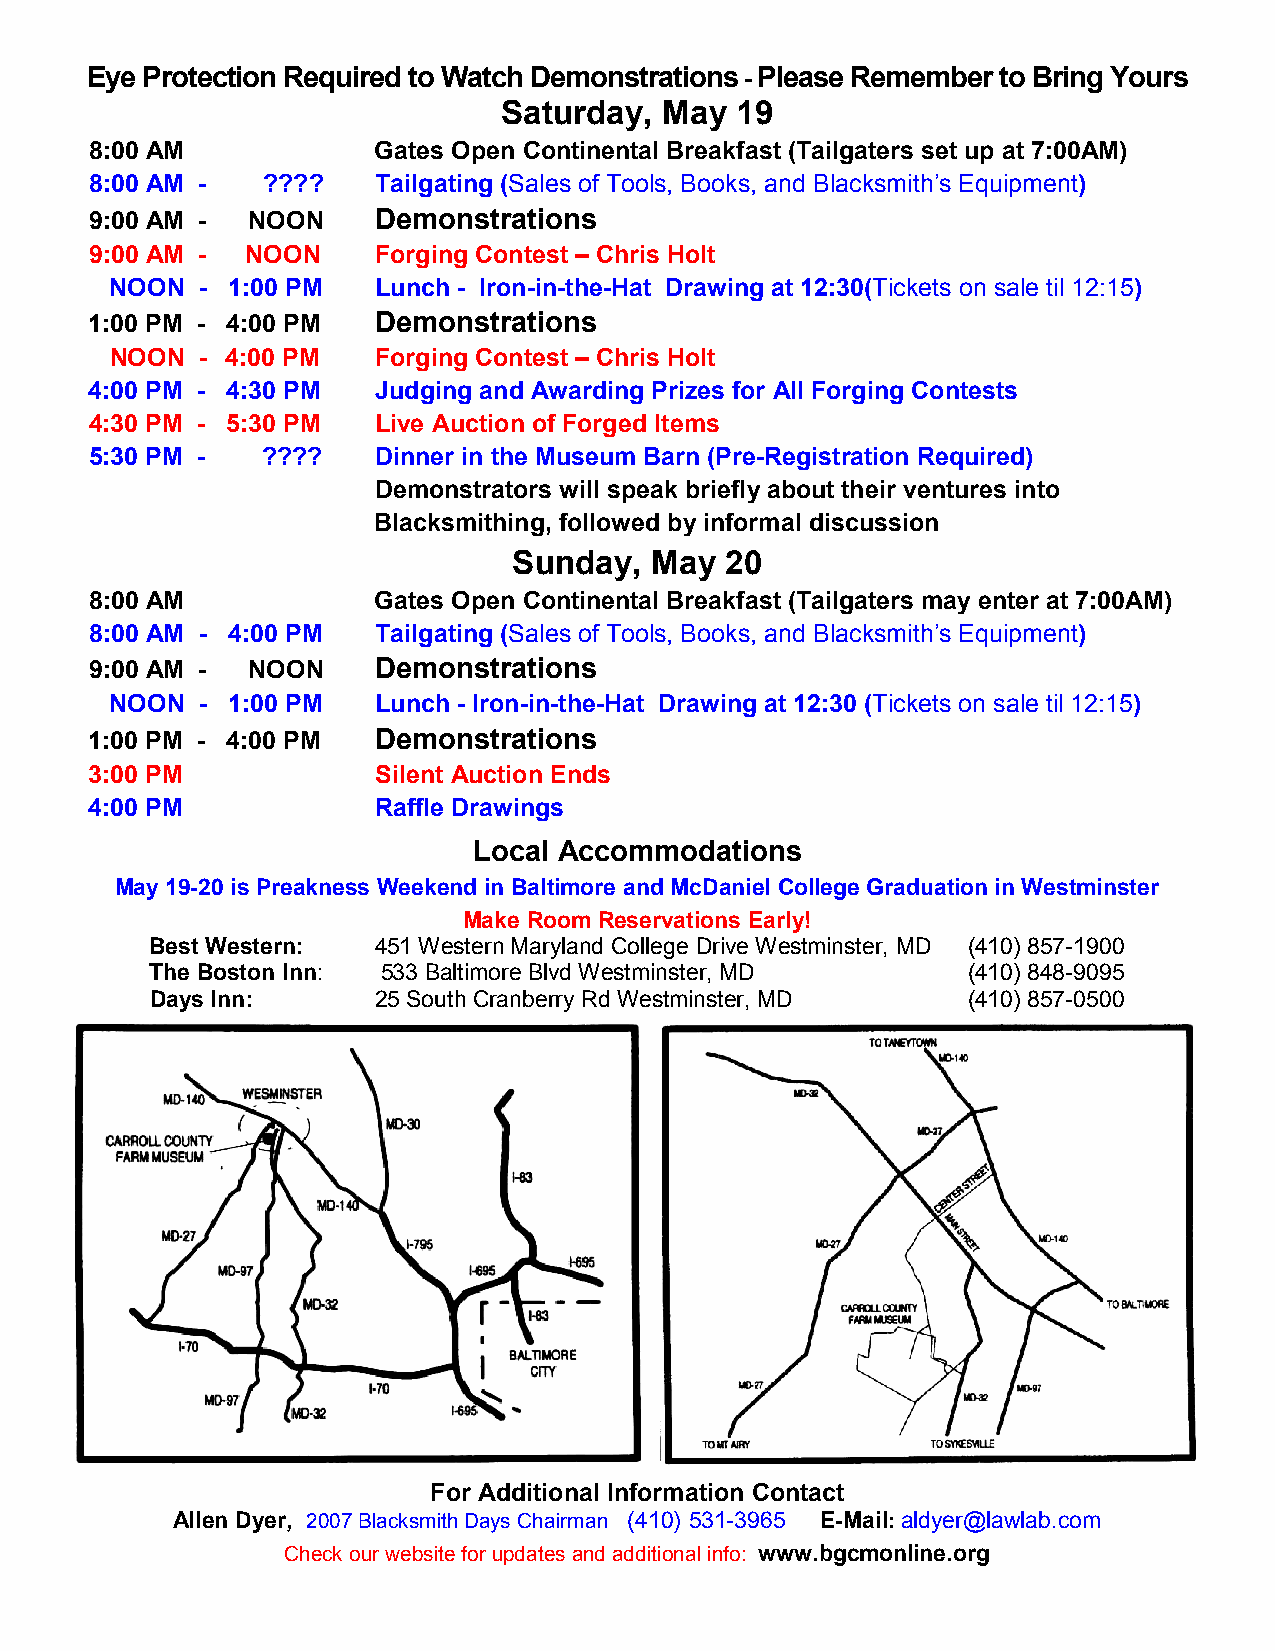
Eye Protection Required to Watch Demonstrations - Please Remember to Bring Yours
 Saturday,  May  19
 8:00 AM            Gates Open Continental Breakfast (Tailgaters set up at 7:00AM)
 8:00 AM -  ????    Tailgating (Sales of Tools, Books, and Blacksmith’s Equipment)
 9:00 AM - NOON     Demonstrations
 9:00 AM - NOON     Forging Contest – Chris Holt
 NOON  - 1:00 PM   Lunch - Iron-in-the-Hat Drawing at 12:30(Tickets on sale til 12:15)
 1:00 PM - 4:00 PM  Demonstrations
 NOON  - 4:00 PM   Forging Contest – Chris Holt
 4:00 PM - 4:30 PM  Judging and Awarding Prizes for All Forging Contests
 4:30 PM - 5:30 PM  Live Auction of Forged Items
 5:30 PM -  ????    Dinner in the Museum Barn (Pre-Registration Required)
 Demonstrators will speak briefly about their ventures into
 Blacksmithing, followed by informal discussion
 Sunday,  May  20
 8:00 AM            Gates Open Continental Breakfast (Tailgaters may enter at 7:00AM)
 8:00 AM - 4:00 PM  Tailgating (Sales of Tools, Books, and Blacksmith’s Equipment)
 9:00 AM - NOON     Demonstrations
 NOON  - 1:00 PM   Lunch - Iron-in-the-Hat Drawing at 12:30 (Tickets on sale til 12:15)
 1:00 PM - 4:00 PM  Demonstrations
 3:00 PM            Silent Auction Ends
 4:00 PM            Raffle Drawings
 Local Accommodations
 May 19-20 is Preakness Weekend in Baltimore and McDaniel College Graduation in Westminster
 Make Room Reservations Early!
 Best Western:  451 Western Maryland College Drive Westminster, MD (410) 857-1900
 The Boston Inn: 533 Baltimore Blvd Westminster, MD    (410) 848-9095
 Days Inn:      25 South Cranberry Rd Westminster, MD  (410) 857-0500
 For Additional Information Contact
 Allen Dyer, 2007 Blacksmith Days Chairman (410) 531-3965 E-Mail: aldyer@lawlab.com
 Check our website for updates and additional info: www.bgcmonline.org